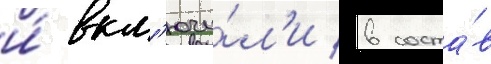
и́ вкл'ючи́л'и в соста́в